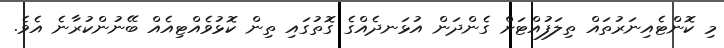
މި ކޮންޓެއިނަރުތައް ތިލަފުއްޓަށް ގެންދަން އުޅަނދެއްގެ ގޮތުގައި ތިން ކޮޅުވެއްޓިއެއް ބޭނުންކުރާނެ އެވެ.